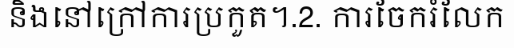
និងនៅក្រៅការប្រកួត។.2. ការចែករំលែក